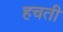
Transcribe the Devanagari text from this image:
हचती